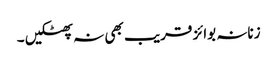
زنانہ بوائز قریب بھی نہ پھٹکیں ۔